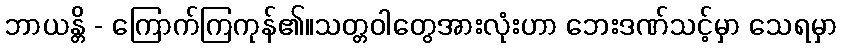
ဘာယန္တိ - ကြောက်ကြကုန်၏။သတ္တဝါတွေအားလုံးဟာ ဘေးဒဏ်သင့်မှာ သေရမှာ